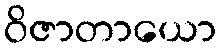
ဝိဇာတာယော